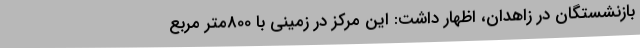
بازنشستگان در زاهدان، اظهار داشت: این مرکز در زمینی با 800متر مربع